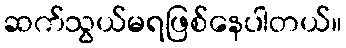
ဆက်သွယ်မရဖြစ်နေပါတယ်။